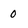
Character: 0